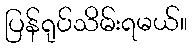
ပြန်ရုပ်သိမ်းရမယ်။